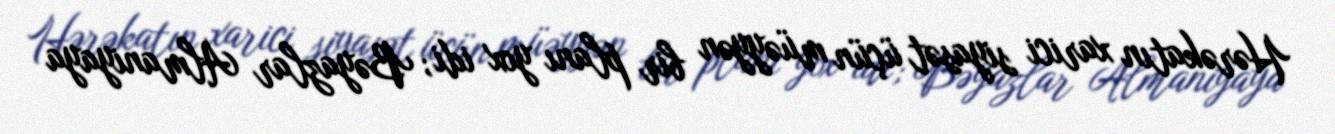
Hərəkatın xarici siyasət üçün müəyyən bir planı yox idi; Bəyazlar Almaniyaya